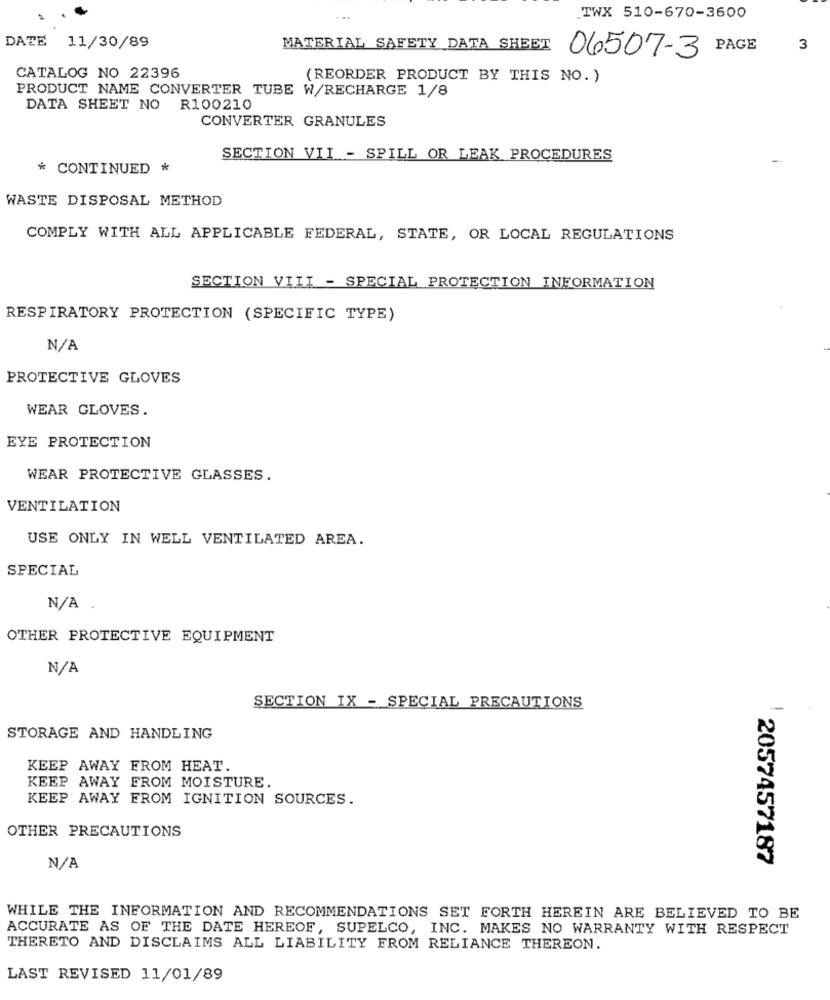
TWX 510-670-3600
DATE 11/30/89
MATERIAL SAFETY DATA SHEET
06507-3 PAGE
3
CATALOG NO 22396
(REORDER PRODUCT BY THIS NO. )
PRODUCT NAME CONVERTER TUBE W/RECHARGE 1/8
DATA SHEET NO R100210
CONVERTER GRANULES
SECTION VII - SPILL OR LEAK PROCEDURES
* CONTINUED *
WASTE DISPOSAL METHOD
COMPLY WITH ALL APPLICABLE FEDERAL, STATE, OR LOCAL REGULATIONS
SECTION VIII - SPECIAL PROTECTION INFORMATION
RESPIRATORY PROTECTION (SPECIFIC TYPE)
PROTECTIVE GLOVES
WEAR GLOVES.
EYE PROTECTION
WEAR PROTECTIVE GLASSES.
VENTILATION
USE ONLY IN WELL VENTILATED AREA.
SPECIAL
OTHER PROTECTIVE EQUIPMENT
SECTION IX - SPECIAL PRECAUTIONS
STORAGE AND HANDLING
KEEP AWAY FROM HEAT.
KEEP AWAY FROM MOISTURE.
KEEP AWAY FROM IGNITION SOURCES.
OTHER PRECAUTIONS
2057457187
WHILE THE INFORMATION AND RECOMMENDATIONS SET FORTH HEREIN ARE BELIEVED TO BE
ACCURATE AS OF THE DATE HEREOF, SUPELCO, INC. MAKES NO WARRANTY WITH RESPECT
THERETO AND DISCLAIMS ALL LIABILITY FROM RELIANCE THEREON.
LAST REVISED 11/01/89